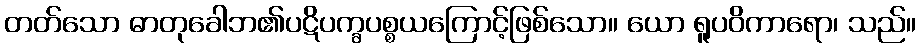
တတ်သော ဓာတုခေါဘ၏ပဋိပက္ခပစ္စယကြောင့်ဖြစ်သော။ ယော ရူပဝိကာရော၊ သည်။